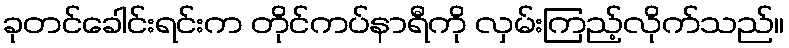
ခုတင်ခေါင်းရင်းက တိုင်ကပ်နာရီကို လှမ်းကြည့်လိုက်သည်။